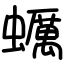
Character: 蠣